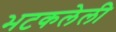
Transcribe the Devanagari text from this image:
भटकलेली